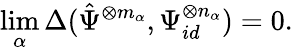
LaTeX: \operatorname*{lim}_{\alpha}\Delta({\hat{\Psi}}^{\otimes m_{\alpha}},\Psi_{id}^{\otimes n_{\alpha}})=0.